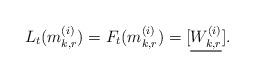
LaTeX: \begin{align*}L_t(m^{(i)}_{k, r})=F_t(m^{(i)}_{k, r})=[\underline{W^{(i)}_{k, r}}].\end{align*}